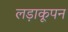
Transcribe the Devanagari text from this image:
लड़ाकूपन